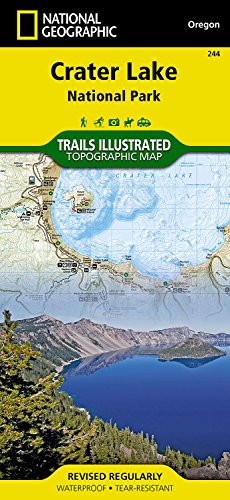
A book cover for Crater Lake National Park (National Geographic Trails Illustrated Map); National Geographic Maps - Trails Illustrated; Travel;